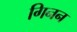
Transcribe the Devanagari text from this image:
गिनन